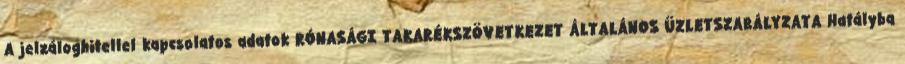
A jelzáloghitellel kapcsolatos adatok RÓNASÁGI TAKARÉKSZÖVETKEZET ÁLTALÁNOS ÜZLETSZABÁLYZATA Hatályba